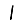
Digit: 1